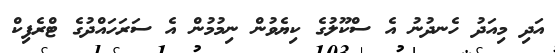
އަދި މިއަދު ހެނދުނު އެ ސްކޫލުގެ ކިޔެވުން ނިމުމުން އެ ސަރަހައްދުގެ ޓްރެފިކް